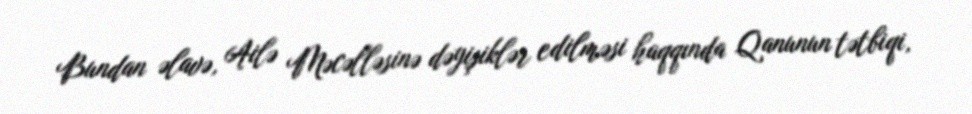
Bundan əlavə, Ailə Məcəlləsinə dəyişiklər edilməsi haqqında Qanunun tətbiqi,